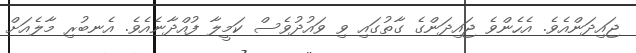
ޖައިދަންއެވެ. އެހެންވެ ޖައިދަންގެ ގާތުގައި ވި ވައުދުވެސް ކަމީލާ ފުއްދާނެއެވެ. އެނބުރި މާލެއަށް